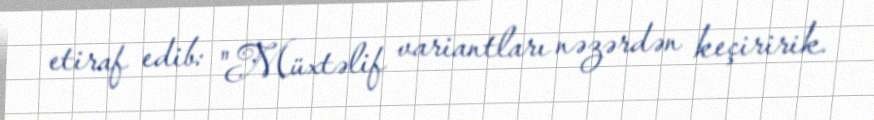
etiraf edib: "Müxtəlif variantları nəzərdən keçiririk.